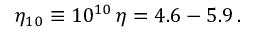
\eta _ { 1 0 } \equiv 1 0 ^ { 1 0 } \, \eta = 4 . 6 - 5 . 9 \, .